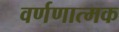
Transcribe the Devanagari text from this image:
वर्णणात्मक